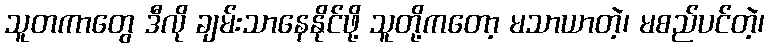
သူတကာတွေ ဒီလို ချမ်းသာနေနိုင်ဖို့ သူတို့ကတော့ မသာယာတဲ့၊ မစည်ပင်တဲ့၊